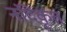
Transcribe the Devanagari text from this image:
नंदिकृत